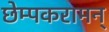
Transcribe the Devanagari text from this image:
छेम्पकरामन्